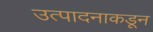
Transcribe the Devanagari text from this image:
उत्पादनाकडून